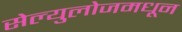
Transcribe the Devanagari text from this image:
सेल्युलोजमधून